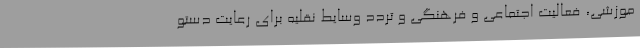
موزشی، فعالیت اجتماعی و فرهنگی و تردد وسایط نقلیه برای رعایت دستو